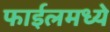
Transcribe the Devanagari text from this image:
फाईलमध्ये